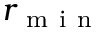
r _ { \mathrm { ~ m ~ i ~ n ~ } }